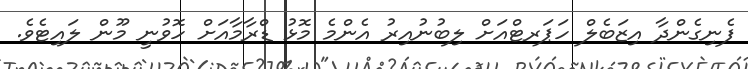
ފެނިގެންދާ އިޒަބެލް ހަޕަރޓްއަށް ލިބުނުއިރު އެންމެ މޮޅު ޑްރާމާއަށް ހޮވުނީ މޫން ލައިޓެވެ.